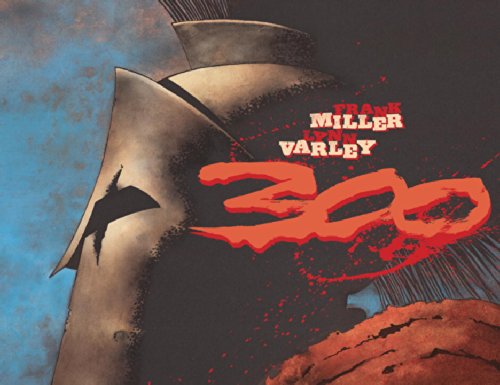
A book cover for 300; Frank Miller; Comics & Graphic Novels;